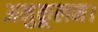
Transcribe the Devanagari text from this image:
अनुकूलन।